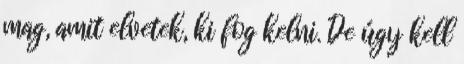
mag, amit elvetek, ki fog kelni. De úgy kell